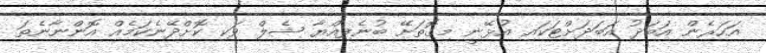
އަހަރެން އަބަދު އަބަދަށްޓަކައި އުޅޭނީ މިގޮތަށޭ ބުނެފިއްޔާ ޝެލް ވަކި ކޮށްދޭނެކަމެއް އޮންނާނެތަ